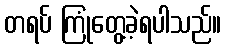
တရပ် ကြုံတွေ့ခဲ့ရပါသည်။